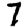
Digit: 7